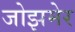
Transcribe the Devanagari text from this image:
जोझमेर